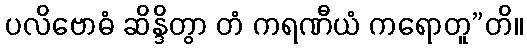
ပလိဗောဓံ ဆိန္ဒိတွာ တံ ကရဏီယံ ကရောတူ”တိ။